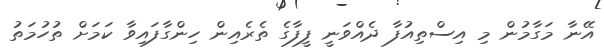
އޭނާ މަގާމުން މި އިސްތިއުފާ ދެއްވަނީ ފީފާގެ ތެރެއިން ހިންގާފައިވާ ކަމަށް ތުހުމަތު